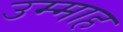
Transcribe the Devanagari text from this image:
उम्माह